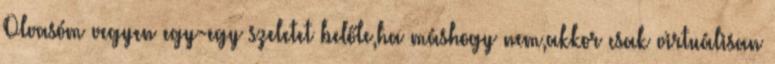
Olvasóm vegyen egy-egy szeletet belőle,ha máshogy nem,akkor csak virtuálisan